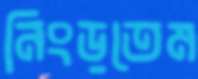
নিংড়তেম